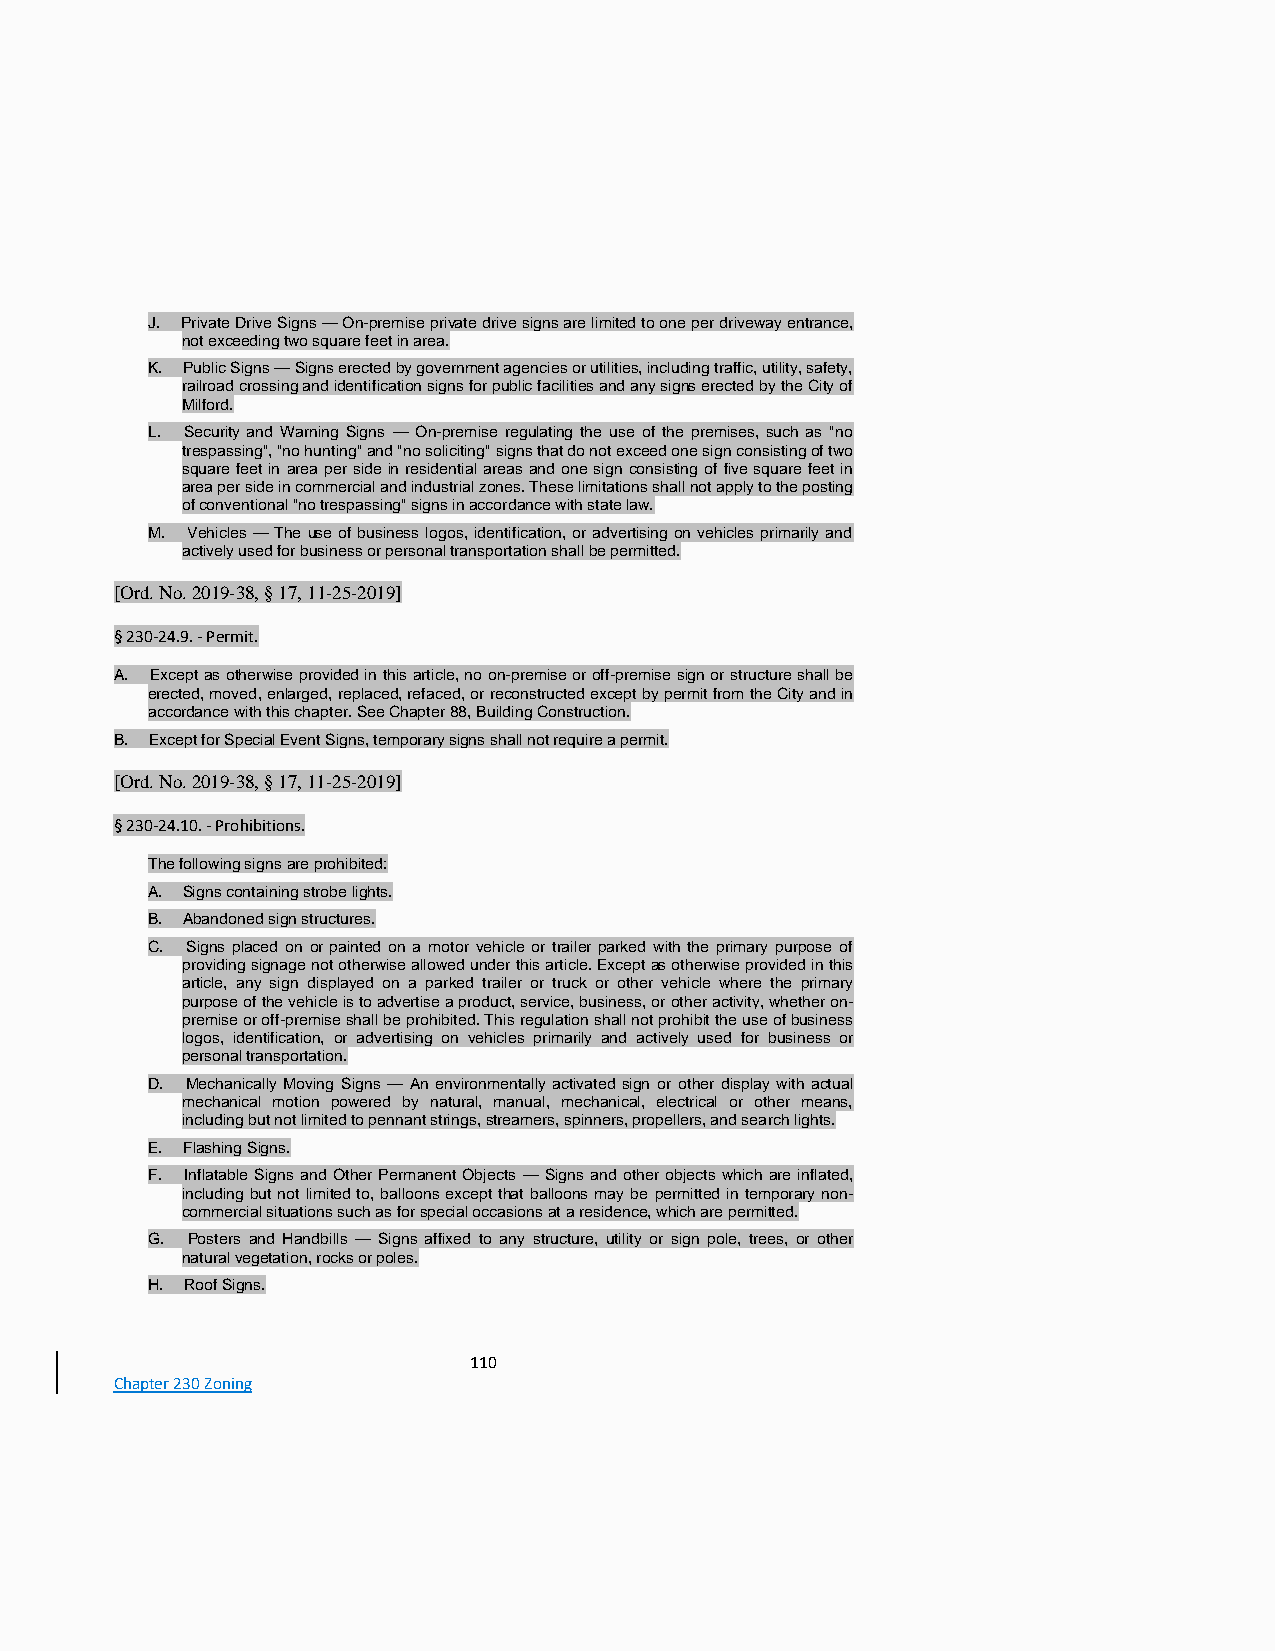
J. Private Drive Signs — On-premise private drive signs are limited to one per driveway entrance,
 not exceeding two square feet in area.
 K. Public Signs — Signs erected by government agencies or utilities, including traffic, utility, safety,
 railroad crossing and identification signs for public facilities and any signs erected by the City of
 Milford.
 L. Security and Warning Signs — On-premise regulating the use of the premises, such as "no
 trespassing", "no hunting" and "no soliciting" signs that do not exceed one sign consisting of two
 square feet in area per side in residential areas and one sign consisting of five square feet in
 area per side in commercial and industrial zones. These limitations shall not apply to the posting
 of conventional "no trespassing" signs in accordance with state law.
 M. Vehicles — The use of business logos, identification, or advertising on vehicles primarily and
 actively used for business or personal transportation shall be permitted.
 [Ord. No. 2019-38, § 17, 11-25-2019]
 § 230-24.9. - Permit.
 A. Except as otherwise provided in this article, no on-premise or off-premise sign or structure shall be
 erected, moved, enlarged, replaced, refaced, or reconstructed except by permit from the City and in
 accordance with this chapter. See Chapter 88, Building Construction.
 B. Except for Special Event Signs, temporary signs shall not require a permit.
 [Ord. No. 2019-38, § 17, 11-25-2019]
 § 230-24.10. - Prohibitions.
 The following signs are prohibited:
 A. Signs containing strobe lights.
 B. Abandoned sign structures.
 C. Signs placed on or painted on a motor vehicle or trailer parked with the primary purpose of
 providing signage not otherwise allowed under this article. Except as otherwise provided in this
 article, any sign displayed on a parked trailer or truck or other vehicle where the primary
 purpose of the vehicle is to advertise a product, service, business, or other activity, whether on-
 premise or off-premise shall be prohibited. This regulation shall not prohibit the use of business
 logos, identification, or advertising on vehicles primarily and actively used for business or
 personal transportation.
 D. Mechanically Moving Signs — An environmentally activated sign or other display with actual
 mechanical motion powered by natural, manual, mechanical, electrical or other means,
 including but not limited to pennant strings, streamers, spinners, propellers, and search lights.
 E. Flashing Signs.
 F. Inflatable Signs and Other Permanent Objects — Signs and other objects which are inflated,
 including but not limited to, balloons except that balloons may be permitted in temporary non-
 commercial situations such as for special occasions at a residence, which are permitted.
 G. Posters and Handbills — Signs affixed to any structure, utility or sign pole, trees, or other
 natural vegetation, rocks or poles.
 H. Roof Signs.
 110
 Chapter 230 Zoning